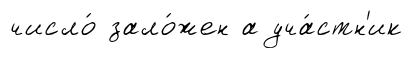
число́ зало́жен а уча́стн'ик